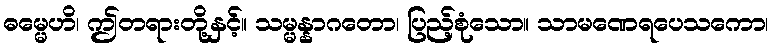
ဓမ္မေဟိ၊ ဤတရားတို့နှင့်။ သမ္မန္နာဂတော၊ ပြည့်စုံသော။ သာမဏေရပေသကော၊